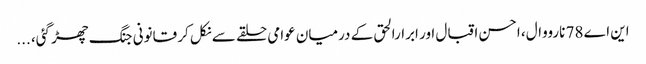
این اے 78 نارووال، احسن اقبال اور ابرارالحق کے درمیان عوامی حلقے سے نکل کر قانونی جنگ چھڑ گئی، ...